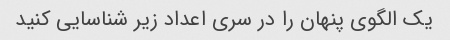
یک الگوی پنهان را در سری اعداد زیر شناسایی کنید